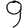
Digit: 9